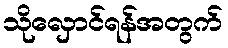
သိုလှောင်ရန်အတွက်